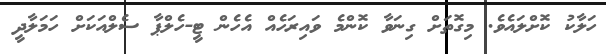
ހަލާކު ކޮށްލައެވެ. މިގޮތަށް ގިނަވާ ކޮންމެ ވައިރަހެއް އެހެން ޓީ-ހެލްޕާ ސެލްއަކަށް ހަމަލާދީ